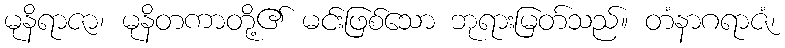
မုနိရာဇာ၊ မုနိတကာတို့၏ မင်းဖြစ်သော ဘုရားမြတ်သည်။ တံနာဂရာဇံ၊